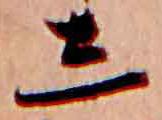
し